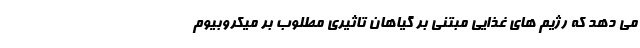
می دهد که رژیم های غذایی مبتنی بر گیاهان تاثیری مطلوب بر میکروبیوم